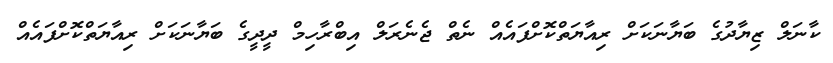
ކާނަލް ޒިޔާދުގެ ބަޔާނަކަށް ރިއާޔަތްކޮށްފައެއް ނެތް ޖެނެރަލް އިބްރާހިމް ދީދީގެ ބަޔާނަކަށް ރިއާޔަތްކޮށްފައެއް